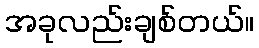
အခုလည်းချစ်တယ်။